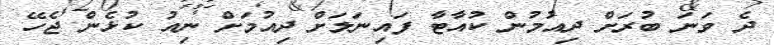
ދެ ވަނަ ބުރަށް ދިއުމުން ކުއާޓާ ފައިނަލަށް ދިއުމަށް ނިއު ކުޅެން ޖެހޭ